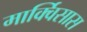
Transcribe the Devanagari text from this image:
मार्क्विसास